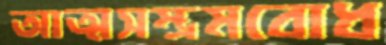
আত্মসম্ভ্রমবোধ